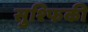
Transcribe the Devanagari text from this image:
सुश्फिकी